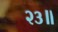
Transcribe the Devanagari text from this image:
२३॥